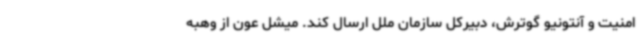
امنیت و آنتونیو گوترش، دبیرکل سازمان ملل ارسال کند. میشل عون از وهبه